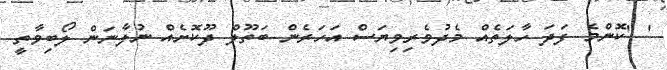
' ''ކޮންެމެ ފަދަ ހާލަތެއް މެދުވެރިވިޔަސް އަހަރެން ބަތޫލް ދޫކޮށެއް ނުލާނަން ލޯބިވާތީ